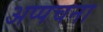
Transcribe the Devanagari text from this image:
अप्पचना